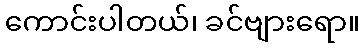
ကောင်းပါတယ်၊ ခင်ဗျားရော။